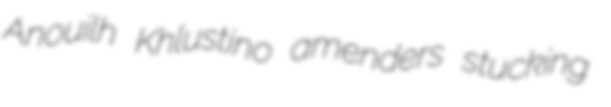
Anouilh Khlustino amenders stucking